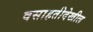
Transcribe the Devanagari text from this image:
वसाहतीदेखील